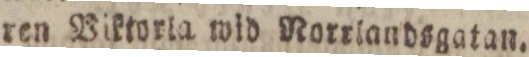
ren Viktvria wid Norrlandsgatan.